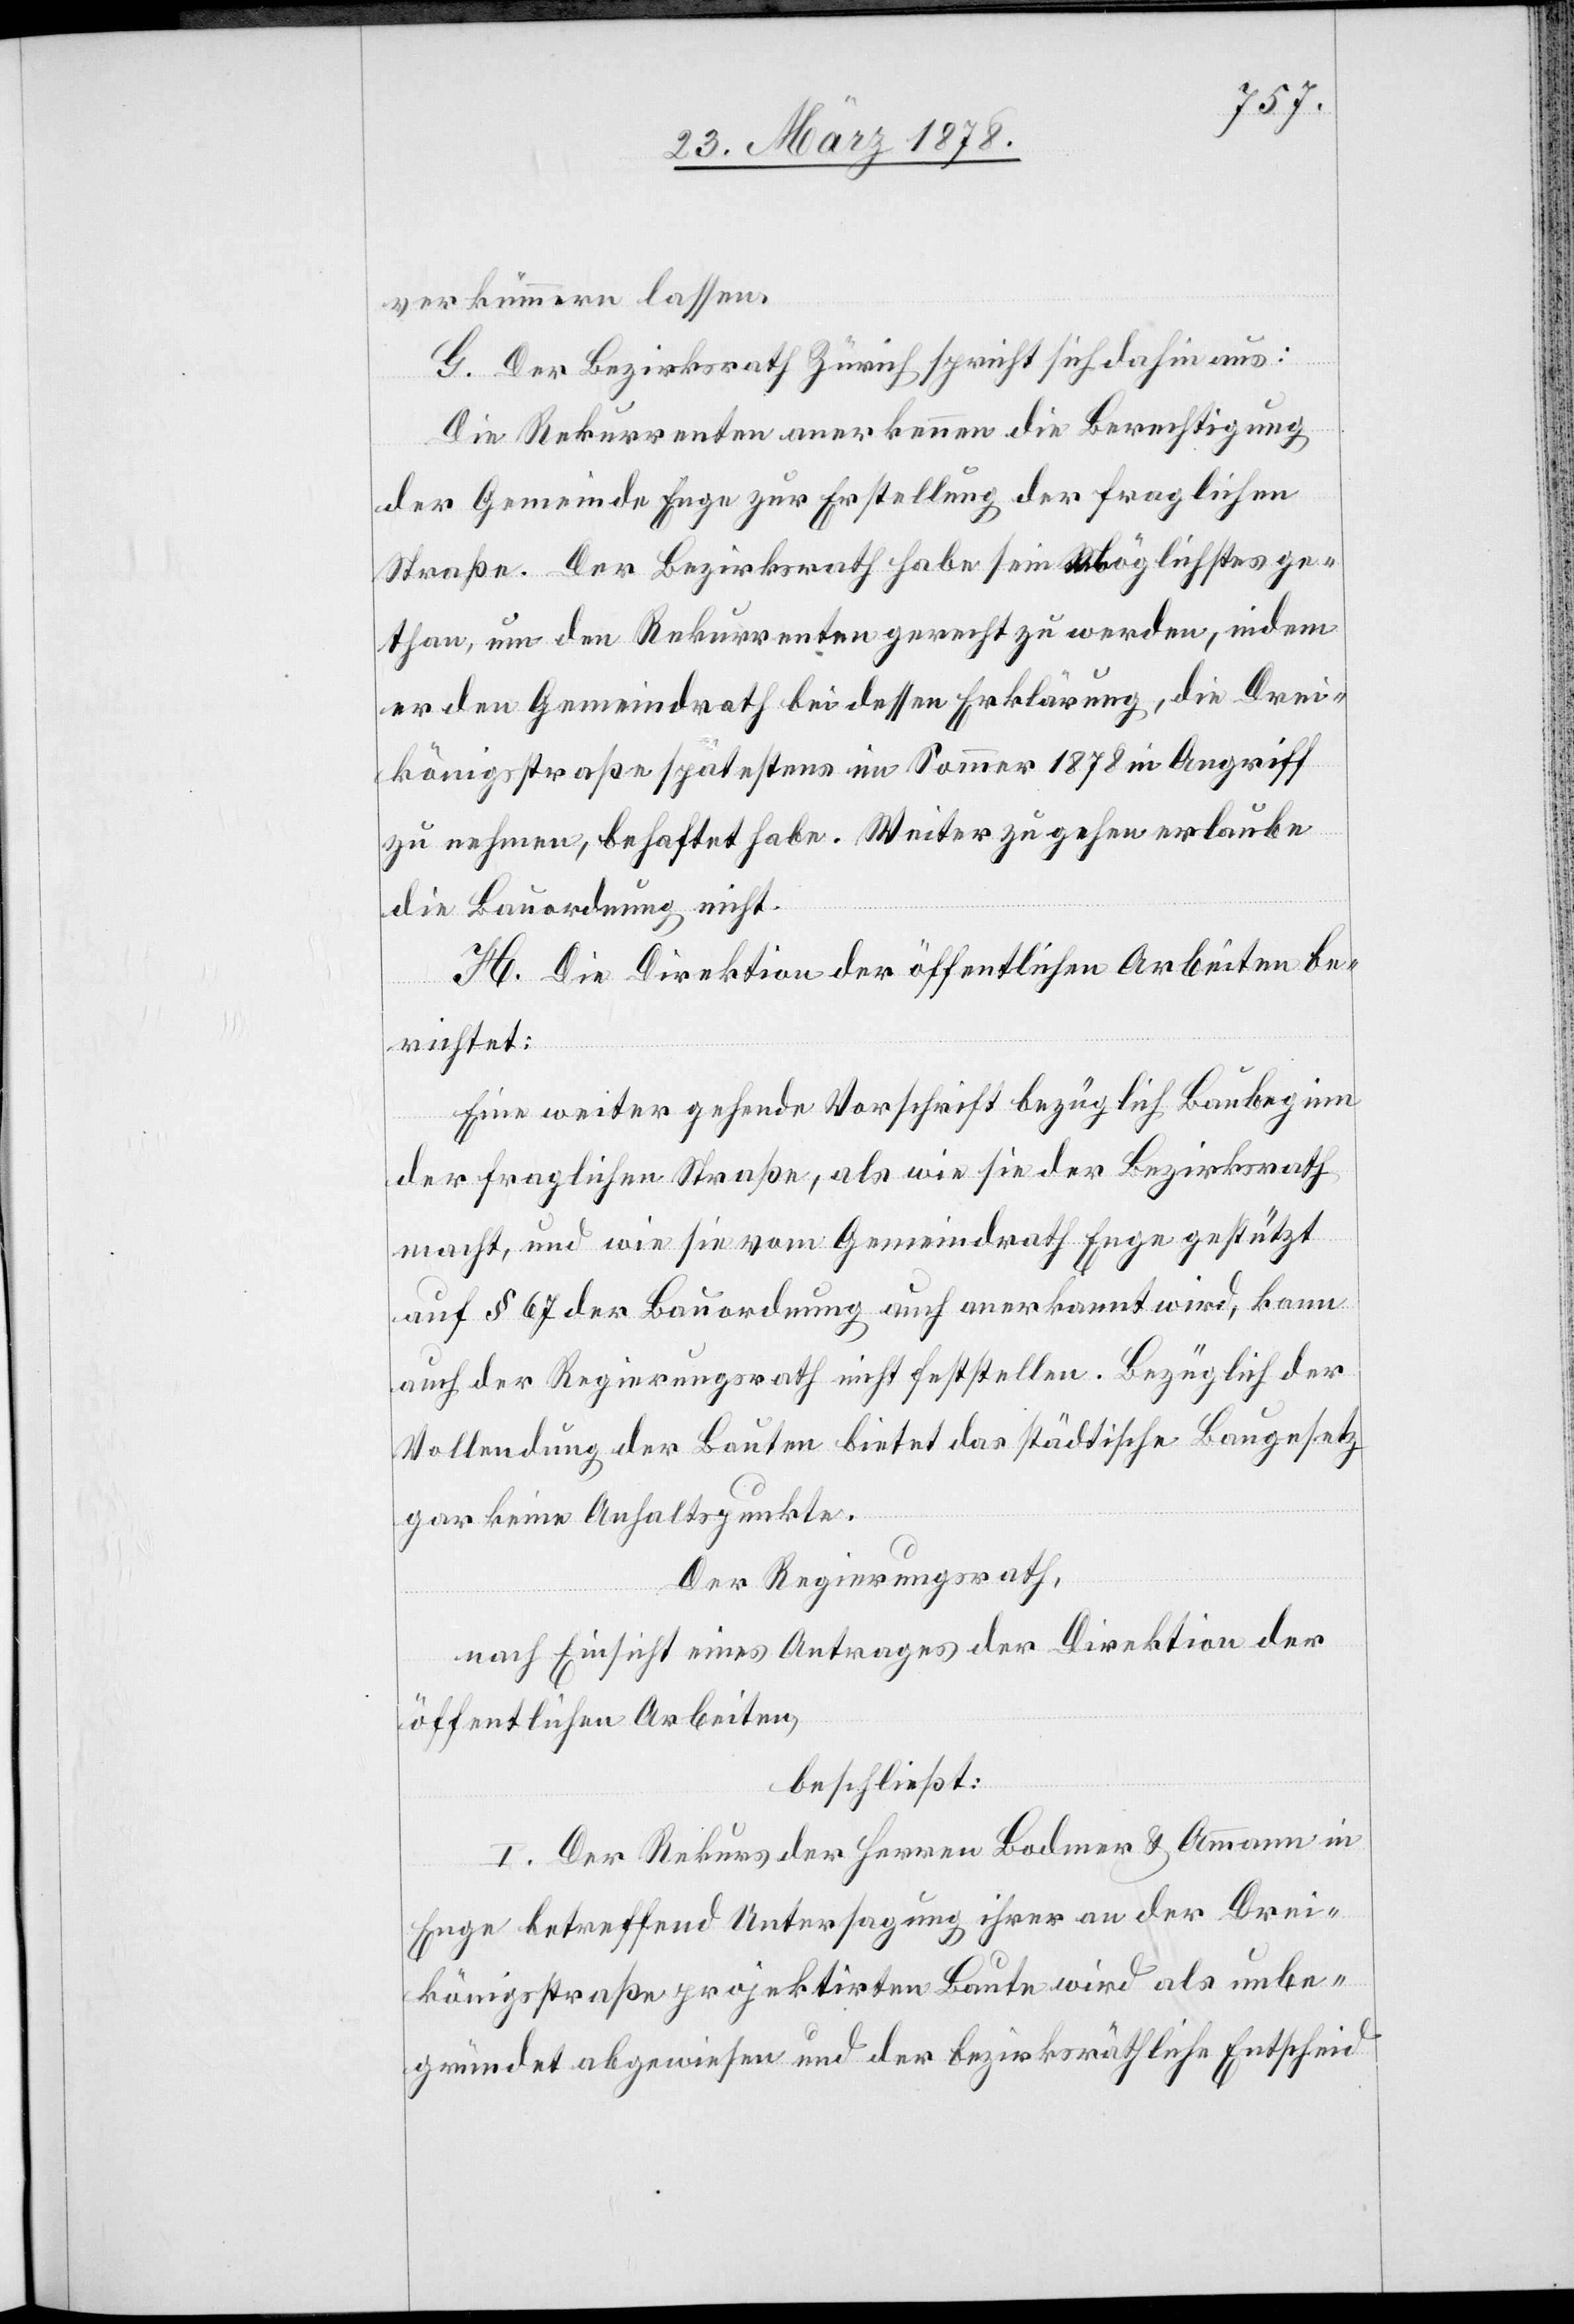
verkümmern lassen.
G. Der Bezirksrath Zürich spricht sich dahin aus:
Die Rekurrenten anerkennen die Berechtigung
der Gemeinde Enge zur Erstellung der fraglichen
Straße. Der Bezirksrath habe sein Möglichstes ge¬
than, um den Rekurrenten gerecht zu werden, indem
er den Gemeindrath bei dessen Erklärung, die Drei¬
königsstraße spätestens im Sommer 1878 in Angriff
zu nehmen, behaftet habe. Weiter zu gehen erlaube
die Bauordnung nicht.
H. Die Direktion der öffentlichen Arbeiten be¬
richtet:
Eine weiter gehende Vorschrift bezüglich Baubeginn
der fraglichen Straße, als wie sie der Bezirksrath
macht, und wie sie vom Gemeindrath Enge gestützt
auf § 67 der Bauordnung auch anerkannt wird, kann
auch der Regierungsrath nicht feststellen. Bezüglich der
Vollendung der Bauten bietet das städtische Baugesetz
gar keine Anhaltspunkte.
Der Regierungsrath,
nach Einsicht eines Antrages der Direktion der
öffentlichen Arbeiten,
beschließt:
I. Der Rekurs der Herren Bodmer & Ammann in
Enge betreffend Untersagung ihrer an der Drei¬
königsstraße projektirten Baute wird als unbe¬
gründet abgewiesen und der bezirksräthliche Entscheid